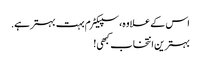
اس کے علاوہ، سپیکٹرم بہت بہتر ہے.
بہترین انتخاب کبھی!